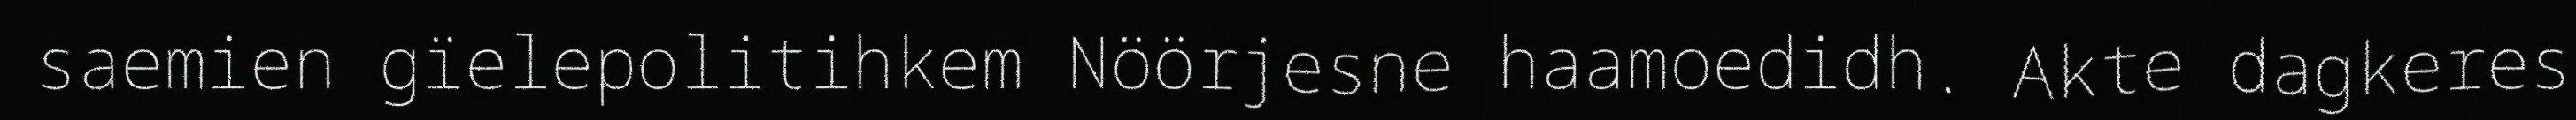
saemien gïelepolitihkem Nöörjesne haamoedidh. Akte dagkeres